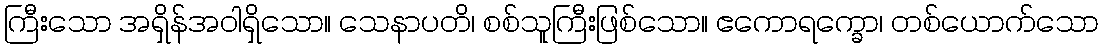
ကြီးသော အရှိန်အဝါရှိသော။ သေနာပတိ၊ စစ်သူကြီးဖြစ်သော။ ဧကောရက္ခော၊ တစ်ယောက်သော